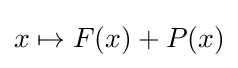
x\mapsto F(x)+P(x)